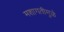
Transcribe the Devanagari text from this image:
मशागतीमुळे